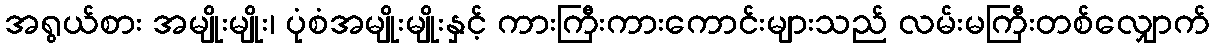
အရွယ်စား အမျိုးမျိုး၊ ပုံစံအမျိုးမျိုးနှင့် ကားကြီးကားကောင်းများသည် လမ်းမကြီးတစ်လျှောက်